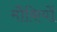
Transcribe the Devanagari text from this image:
मौकियों